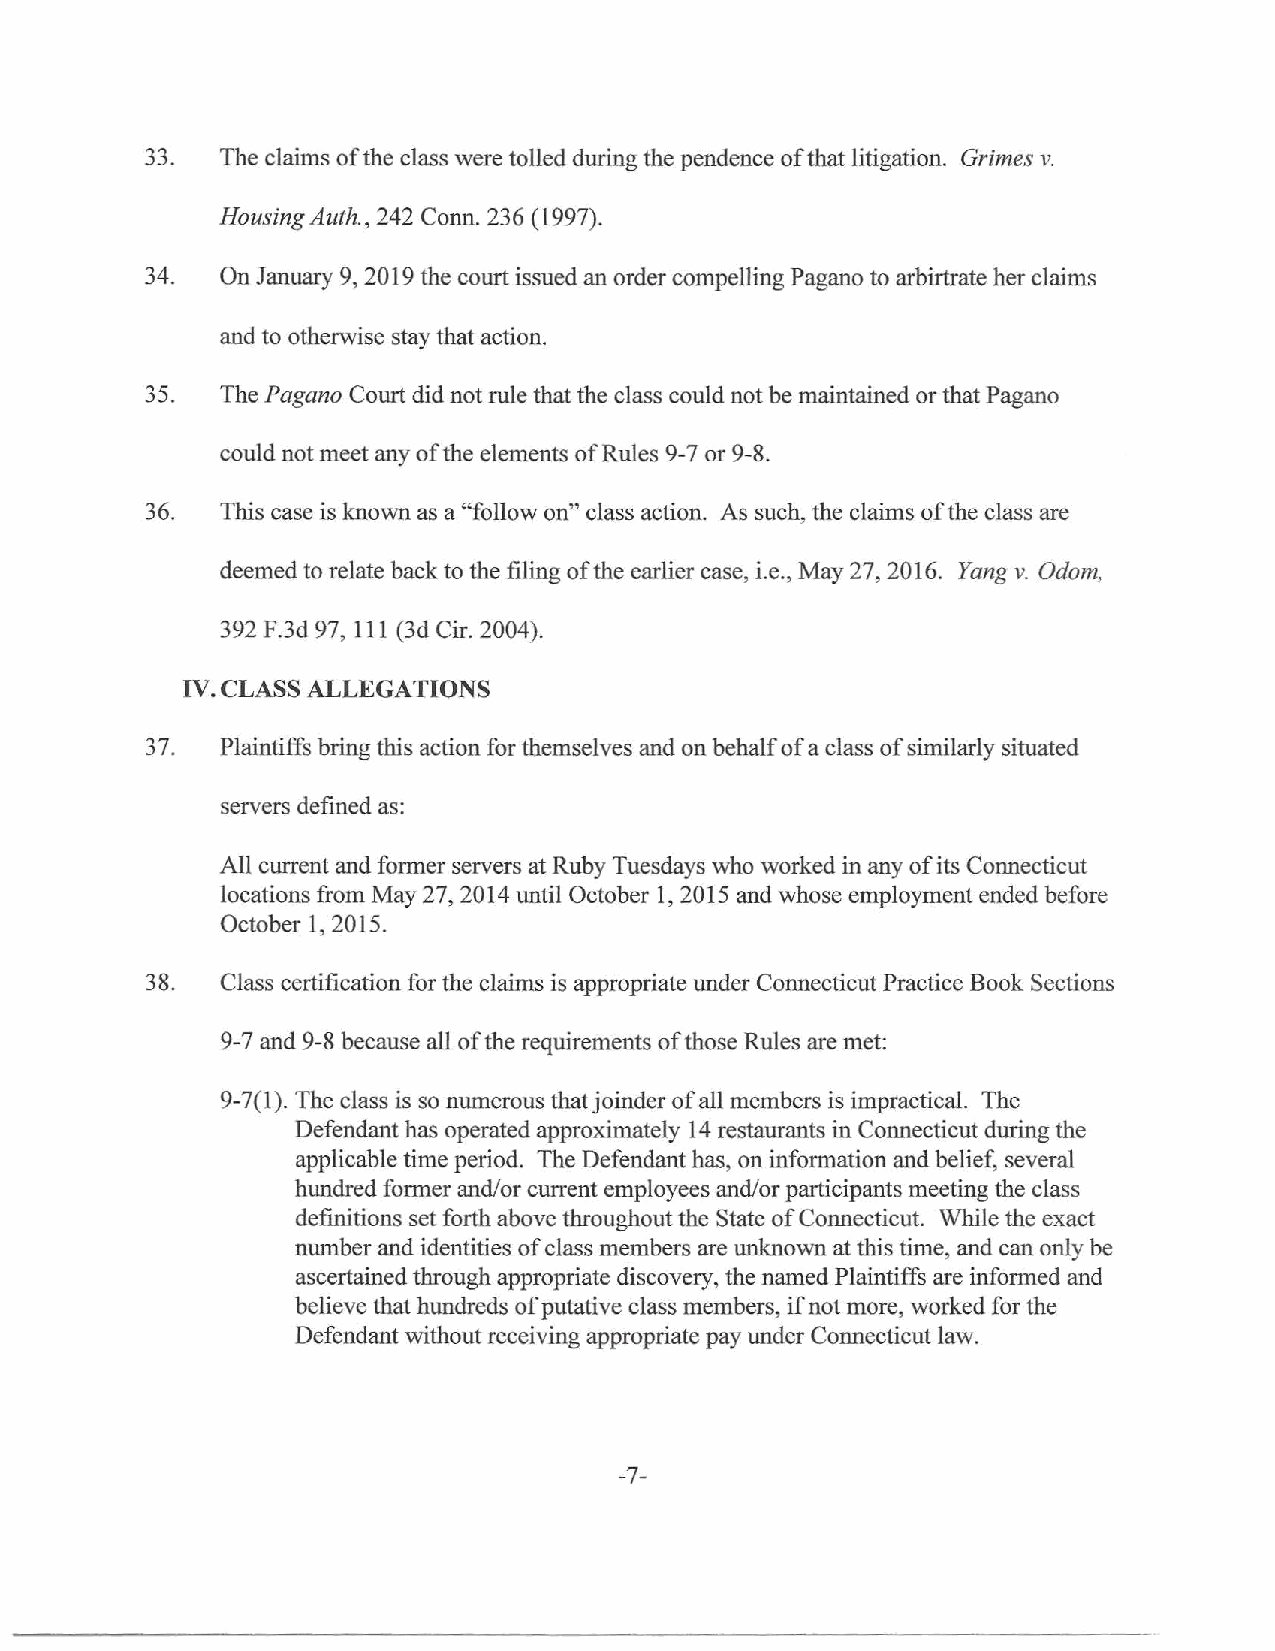
33.  The claims of the class were tolled during the pendence of that litigation. Grimes v.
 Housing Auth., 242 Conn. 236 (1997).
 34.  On January 9, 2019 the court issued an order compelling Pagano to arbirtrate her claims
 and to otherwise stay that action.
 35.  The Pagano Court did not rule that the class could not be maintained or that Pagano
 could not meet any of the elements of Rules 9-7 or 9-8.
 36.  This case is known as a "follow on" class action. As such, the claims of the class are
 deemed to relate back to the filing of the earlier case, i.e., May 27, 2016. Yang v. Odom,
 392 F.3d 97, 111 (3d Cir. 2004).
 IV. CLASS ALLEGATIONS
 3 7. Plaintiffs bring this action for themselves and on behalf of a class of similarly situated
 servers defined as:
 All current and former servers at Ruby Tuesdays who worked in any of its Connecticut
 locations from May 27, 2014 until October 1, 2015 and whose employment ended before
 October 1, 2015.
 38.  Class certification for the claims is appropriate under Connecticut Practice Book Sections
 9-7 and 9-8 because all of the requirements of those Rules are met:
 9-7 ( 1). The class is so numerous that j oinder of all members is impractical. The
 Defendant has operated approximately 14 restaurants in Connecticut during the
 applicable time period. The Defendant has, on information and belief, several
 hundred former and/or current employees and/or participants meeting the class
 definitions set forth above throughout the State of Connecticut. While the exact
 number and identities of class members are unknown at this time, and can only be
 ascertained through appropriate discovery, the named Plaintiffs are informed and
 believe that hundreds of putative class members, if not more, worked for the
 Defendant without receiving appropriate pay under Connecticut law.
 -7-